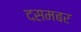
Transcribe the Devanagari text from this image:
दसमबर